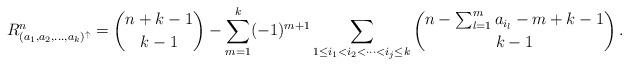
LaTeX: \begin{align*}R_{ (a_1,a_2, \dots , a_k)^{\uparrow} }^{n} =\binom{n+k-1}{k-1} - \sum_{m=1}^{k} (-1)^{m+1}\sum_{1\leq i_1 < i_2 < \dots <i_j \leq k} \binom{n-\sum_{l=1}^{m} a_{i_{l}} - m + k - 1}{k-1} \,.\end{align*}